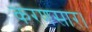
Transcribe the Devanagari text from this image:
करणसार।